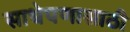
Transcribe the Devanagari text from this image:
साधेपणासाठी